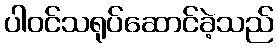
ပါဝင်သရုပ်ဆောင်ခဲ့သည်